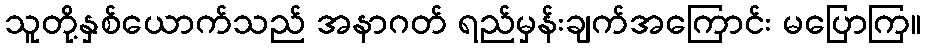
သူတို့နှစ်ယောက်သည် အနာဂတ် ရည်မှန်းချက်အကြောင်း မပြောကြ။